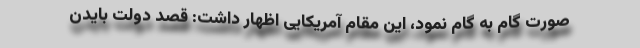
صورت گام به گام نمود، این مقام آمریکایی اظهار داشت: قصد دولت بایدن